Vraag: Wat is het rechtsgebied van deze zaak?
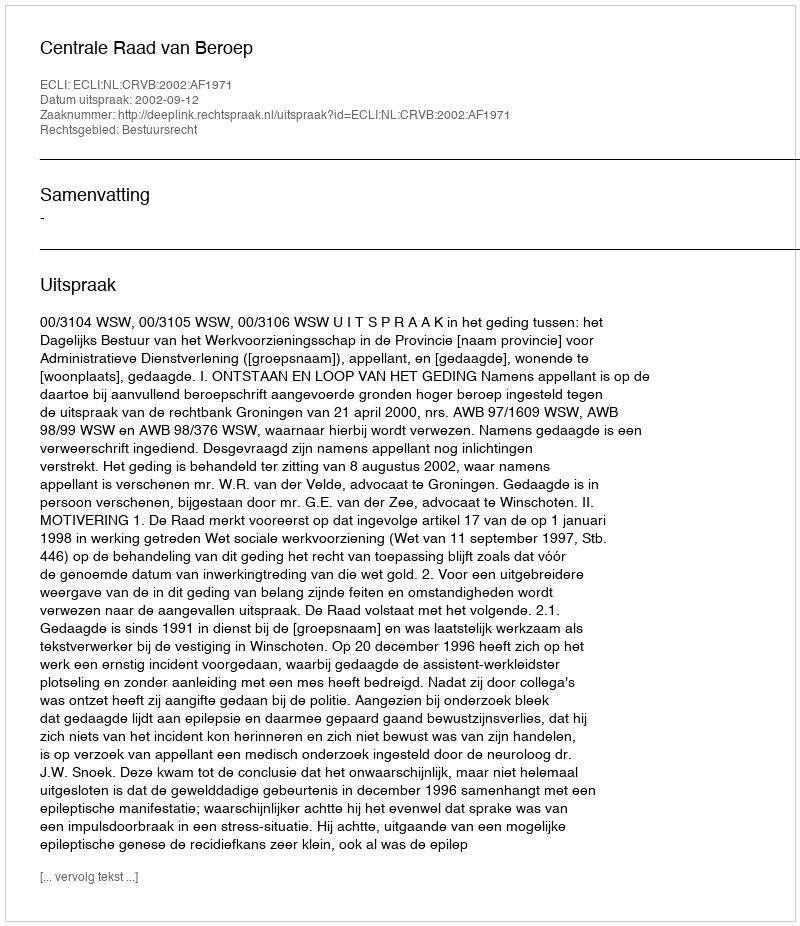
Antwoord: Bestuursrecht